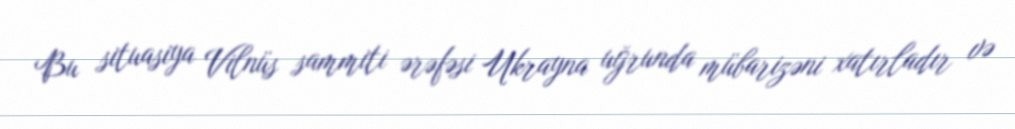
Bu situasiya Vilnüs sammiti ərəfəsi Ukrayna uğrunda mübarizəni xatırladır və